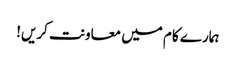
ہمارے کام میں معاونت کریں!